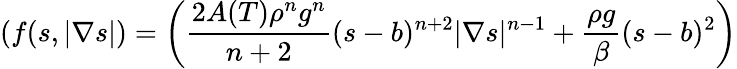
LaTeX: (f(s,|\nabla s|)=\left(\frac{2A(T)\rho^{n}g^{n}}{n+2}(s-b)^{n+2}|\nabla s|^{n-1}+\frac{\rho g}{\beta}(s-b)^{2}\right)